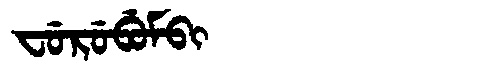
Manchu: ᠸᡠᡵᡠᠪᡠᠮᠪᡳ
Romanization: FURUBUMBI